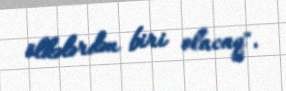
ölkələrdən biri olacaq".